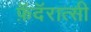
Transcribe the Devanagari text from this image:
फ़ॅदॅरात्सी